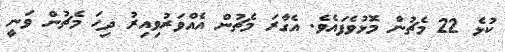
ކުޅެ 22 މެޗުން މޮޅުވެފައެވެ. އެގާރަ މެޗުން އެއްވަރުވިއިރު ދިހަ މެޗުން ވަނީ